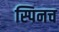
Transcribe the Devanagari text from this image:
स्पिनच